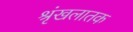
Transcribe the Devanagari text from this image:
श्रृंखलातक